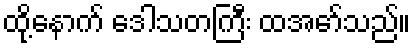
ထို့နောက် ဒေါသတကြီး ထအော်သည်။